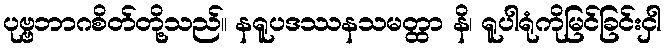
ပုဗ္ဗဘာဂစိတ်တို့သည်။ နရူပဒဿနသမတ္ထာ နိ၊ ရူပါရုံကိုမြင်ခြင်းငှါ